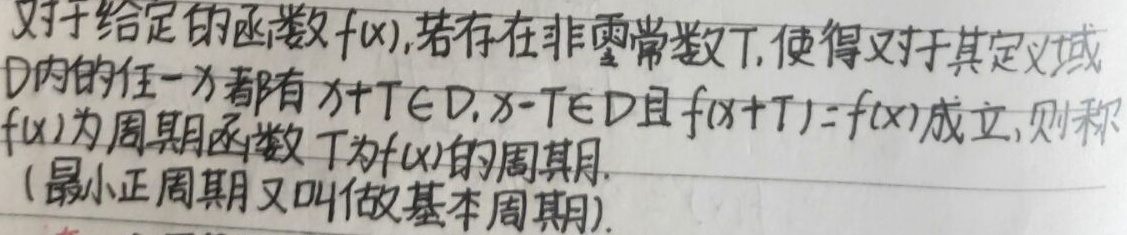
对于给定的函数\(f(x)\)，若存在非零常数\(T\)，使得对于其定义域\(D\)内的任一\(x\)都有\(x + T\in D\)，\(x - T\in D\)且\(f(x + T)=f(x)\)成立，则称\(f(x)\)为周期函数，\(T\)为\(f(x)\)的周期。（最小正周期又叫做基本周期。）